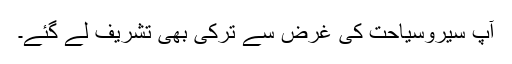
آپ سیروسیاحت کی غرض سے ترکی بھی تشریف لے گئے۔